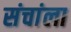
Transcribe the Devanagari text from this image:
संचांला